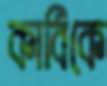
কার্বিকে